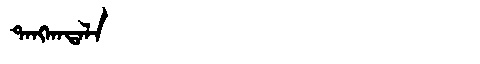
Manchu: ᡨᠠᠩᡴᠠᡨᠠᠯᠠ
Romanization: TANGKATALA